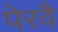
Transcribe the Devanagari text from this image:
पेरवै